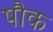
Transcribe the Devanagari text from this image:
षौक